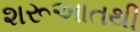
શરૂઆતથી